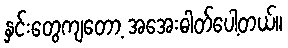
နှင်းတွေကျတော့ အအေးဓါတ်ပေါ့တယ်။